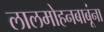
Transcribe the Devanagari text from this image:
लालमोहनबाबूंना